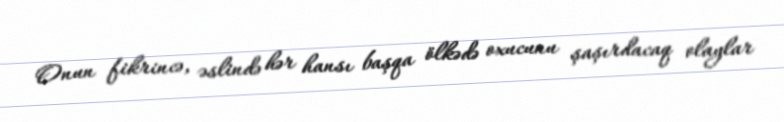
Onun fikrincə, əslində hər hansı başqa ölkədə oxucunu şaşırdacaq olaylar